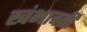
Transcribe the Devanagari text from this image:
खंभावती